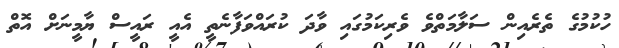
ހުކުމުގެ ތެރެއިން ސަލާމަތްވެ ވެރިކަމުގައި ވާދަ ކުރައްވަފާނެތީ އެއީ ރައީސް ޔާމީނަށް އޮތް